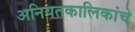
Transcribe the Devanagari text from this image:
अनियतकालिकांचे